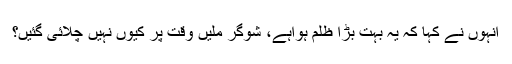
انہوں نے کہا کہ یہ بہت بڑا ظلم ہواہے، شوگر ملیں وقت پر کیوں نہیں چلائی گئیں؟